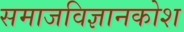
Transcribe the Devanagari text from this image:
समाजविज्ञानकोश